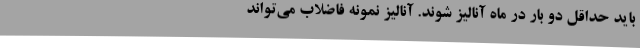
باید حداقل دو بار در ماه آنالیز شوند. آنالیز نمونه فاضلاب می‌تواند